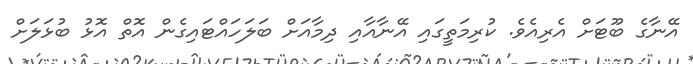
އޭނާގެ ބޫޓަށް އެރިއެވެ. ކުރިމަތީގައި އޭނާއާއި ދިމާއަށް ބަލަހައްޓައިގެން އޮތް އޮޅު ބުޅަލަށް